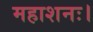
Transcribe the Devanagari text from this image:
महाशनः।